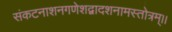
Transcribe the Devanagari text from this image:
संकटनाशनगणेशद्वादशनामस्तोत्रम्।।